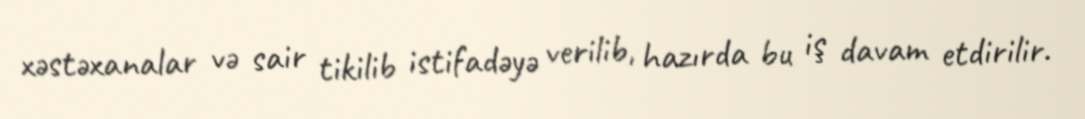
xəstəxanalar və sair tikilib istifadəyə verilib, hazırda bu iş davam etdirilir.